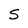
Character: S